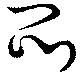
悶